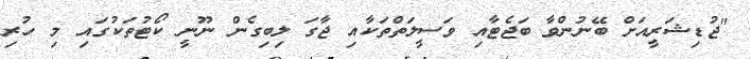
"ޖުޑިޝަރީއަށް ބޭނުންވާ ބަޖެޓާއި ވަސީލަތްތަކާއި ޖާގަ ލިބިގެން ނޫނީ ކޯޓުތަކުގައި މި ހުރި